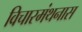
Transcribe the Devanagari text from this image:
विचारमंथनास